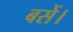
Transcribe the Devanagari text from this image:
बसें।